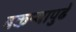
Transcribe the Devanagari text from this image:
बकऱ्यापुढे